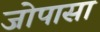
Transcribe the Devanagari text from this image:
जोपासा